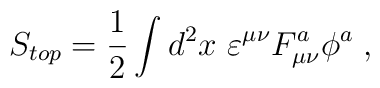
S_{top}=\frac 12\int d^2x\,\,\varepsilon ^{\mu \nu }F_{\mu \nu }^a\phi ^a\;,